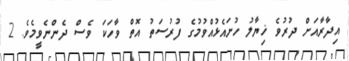
އިދާރާއަށް ދުރުވެ ޚިޔާލު ހުށައެޅުއްވުމުގެ ފުރުސަތު އޮތް ވާހަކަ ވެސް ދެންނެވީމެވެ. 2